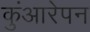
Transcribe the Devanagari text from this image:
कुंआरेपन